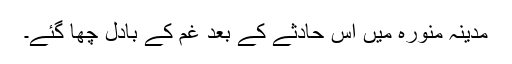
مدینہ منورہ میں اس حادثے کے بعد غم کے بادل چھا گئے۔